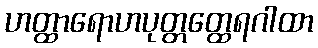
ဟတ္ထာရောဟပုတ္တတ္ထေရဂါထာ